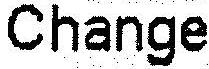
CHANGE